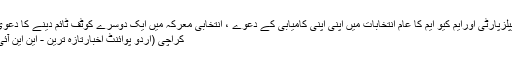
پیپلزپارٹی اورایم کیو ایم کا عام انتخابات میں اپنی اپنی کامیابی کے دعوے ، انتخابی معرکہ میں ایک دوسرے کوٹف ٹائم دینے کا دعویٰ
کراچی (اُردو پوائنٹ اخبارتازہ ترین - این این آئی۔